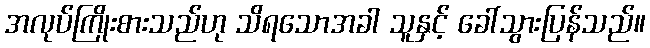
အလုပ်ကြိုးစားသည်ဟု သိရသောအခါ သူနှင့် ခေါ်သွားပြန်သည်။